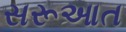
સરૂઆત